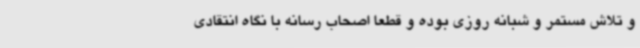
و تلاش مستمر و شبانه روزی بوده و قطعا اصحاب رسانه با نگاه انتقادی